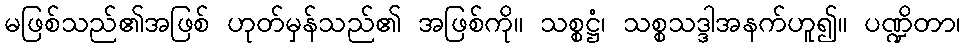
မဖြစ်သည်၏အဖြစ် ဟုတ်မှန်သည်၏ အဖြစ်ကို။ သစ္စဋ္ဌံ၊ သစ္စသဒ္ဒါအနက်ဟူ၍။ ပဏ္ဍိတာ၊